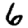
Digit: 6